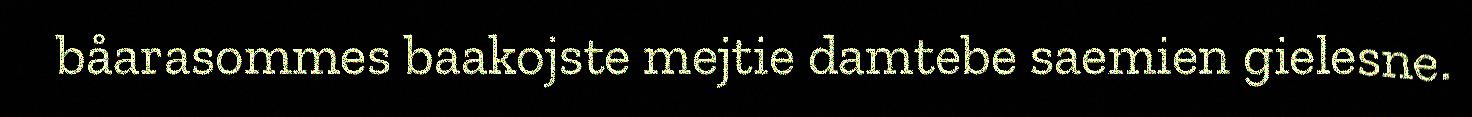
båarasommes baakojste mejtie damtebe saemien gielesne.